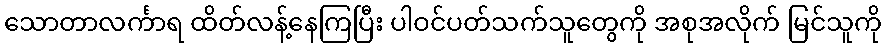
သောတာလင်္ကာရ ထိတ်လန့်နေကြပြီး ပါဝင်ပတ်သက်သူတွေကို အစုအလိုက် မြင်သူကို